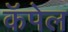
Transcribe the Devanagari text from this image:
कॅपेल